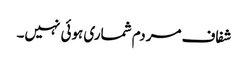
شفاف مردم شماری ہوئی نہیں۔